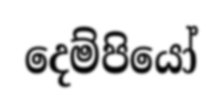
දෙම්පියෝ